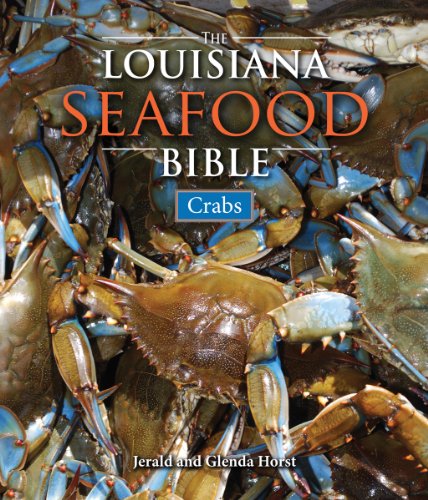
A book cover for Louisiana Seafood Bible, The: Crabs; Jerald Horst; Cookbooks, Food & Wine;